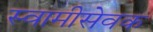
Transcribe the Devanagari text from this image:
स्वामीसेवक